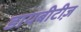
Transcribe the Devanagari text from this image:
डायबीटीज़